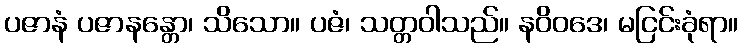
ပဇာနံ ပဇာနန္တော၊ သိသော။ ပဇံ၊ သတ္တဝါသည်။ နဝိဝဒေ၊ မငြင်းခုံရာ။